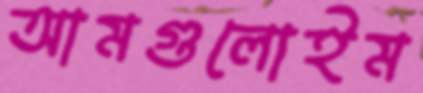
আমগুলোইম